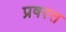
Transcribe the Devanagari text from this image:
प्रषस्त